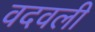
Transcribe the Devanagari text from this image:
वदवली